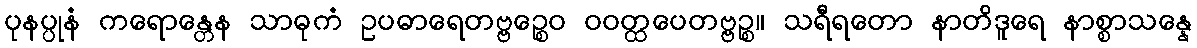
ပုနပ္ပုနံ ကရောန္တေန သာဓုကံ ဥပဓာရေတဗ္ဗဉ္စေဝ ဝဝတ္ထပေတဗ္ဗဉ္စ။ သရီရတော နာတိဒူရေ နာစ္စာသန္နေ